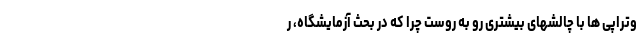
وتراپی ها با چالشهای بیشتری رو به روست چرا که در بحث آزمایشگاه، ر